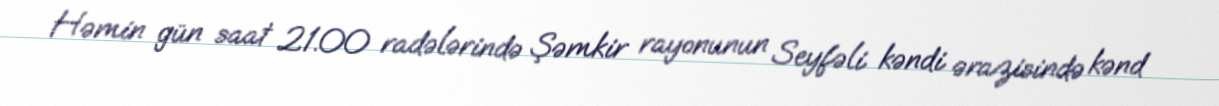
Həmin gün saat 21.00 radələrində Şəmkir rayonunun Seyfəli kəndi ərazisində kənd